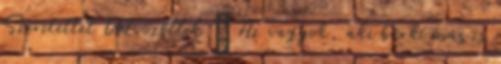
Szeretettel Üdvözöllek ” Az vagyok, aki bárki más is